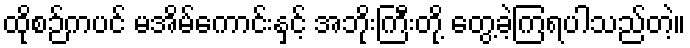
ထိုစဉ်ကပင် မအိမ်ကောင်းနှင့် အဘိုးကြီးတို့ တွေ့ခဲ့ကြရပါသည်တဲ့။